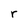
Character: r